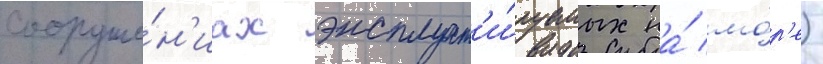
сооруже́н'иах эксплуат'и́руемых на́ мо́р'е)